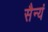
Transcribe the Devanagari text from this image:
सैन्यं